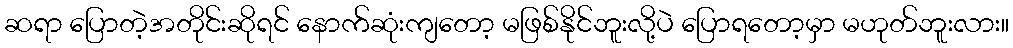
ဆရာ ပြောတဲ့အတိုင်းဆိုရင် နောက်ဆုံးကျတော့ မဖြစ်နိုင်ဘူးလို့ပဲ ပြောရတော့မှာ မဟုတ်ဘူးလား။